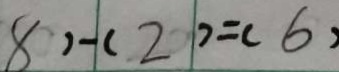
8 ) - ( 2 ) = ( 6 )